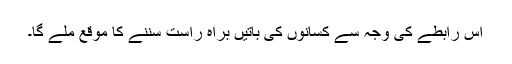
اس رابطے کی وجہ سے کسانوں کی باتیں براہ راست سننے کا موقع ملے گا۔